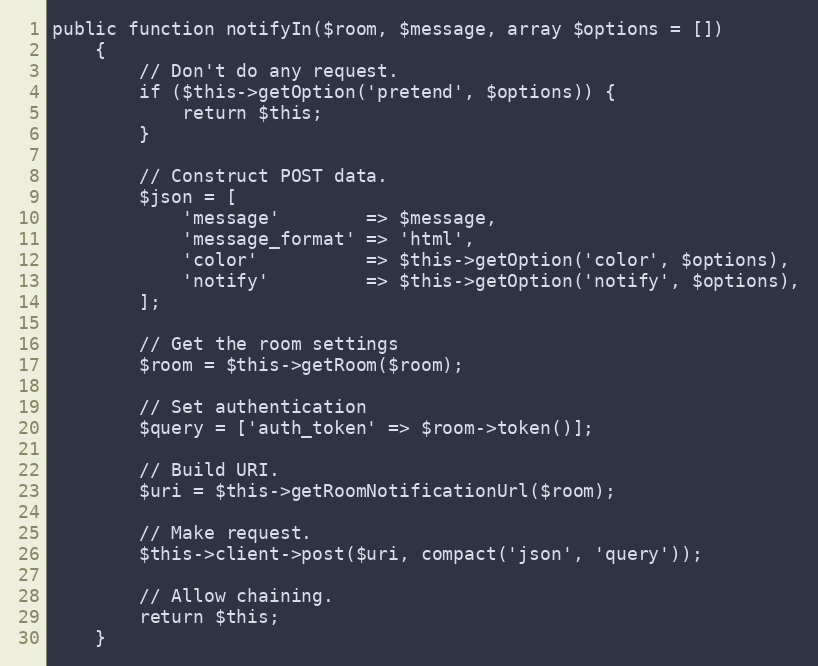
Language: PHP
public function notifyIn($room, $message, array $options = [])
    {
        // Don't do any request.
        if ($this->getOption('pretend', $options)) {
            return $this;
        }

        // Construct POST data.
        $json = [
            'message'        => $message,
            'message_format' => 'html',
            'color'          => $this->getOption('color', $options),
            'notify'         => $this->getOption('notify', $options),
        ];

        // Get the room settings
        $room = $this->getRoom($room);

        // Set authentication
        $query = ['auth_token' => $room->token()];

        // Build URI.
        $uri = $this->getRoomNotificationUrl($room);

        // Make request.
        $this->client->post($uri, compact('json', 'query'));

        // Allow chaining.
        return $this;
    }